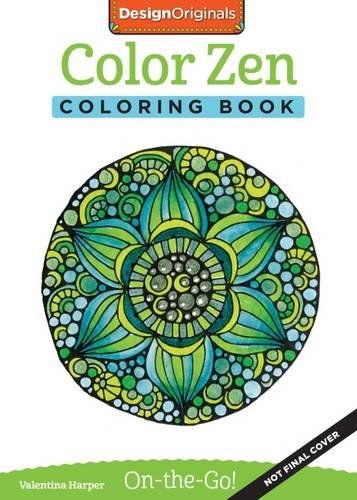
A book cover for Color Zen Coloring Book: On-The-Go!; Valentina Harper; Arts & Photography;